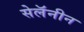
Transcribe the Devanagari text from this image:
सेलॅनीन